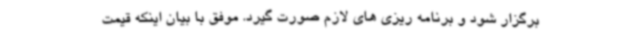
برگزار شود و برنامه ریزی های لازم صورت گیرد. موفق با بیان اینکه قیمت